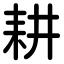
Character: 耕